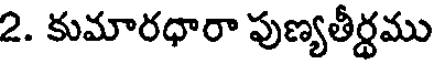
2. కుమారధారా పుణ్యతీర్థము